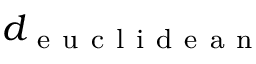
d _ { \mathrm { ~ e ~ u ~ c ~ l ~ i ~ d ~ e ~ a ~ n ~ } }